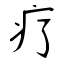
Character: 疗